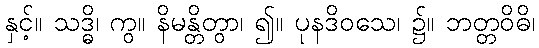
နှင့်။ သဒ္ဓိ၊ ကွ။ နိမန္တိတွာ၊ ၍။ ပုနဒိဝသေ၊ ၌။ ဘတ္တဝိဓိ၊